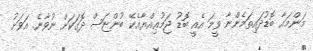
މަންމައާ ބޮޑުދައިތަމެންނާ ވީމަ އެއީ ބޮޑު ޖަމުޢިއްޔާއެކޭ ބުންޏަސް ދޮގަކަށް ނުވާނެ. އަވަށު